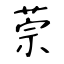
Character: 萗